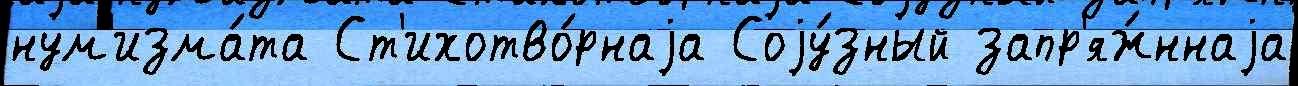
нум'изма́та Ст'ихотво́рнаjа Соjу́зный запр'яж́ннаjа